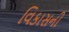
વિકાસની